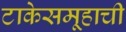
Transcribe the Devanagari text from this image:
टाकेसमूहाची